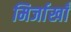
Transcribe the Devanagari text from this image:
मिर्जाखाँ